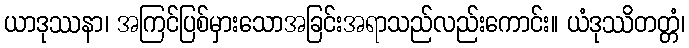
ယာဒုဿနာ၊ အကြင်ပြစ်မှားသောအခြင်းအရာသည်လည်းကောင်း။ ယံဒုဿိတတ္တံ၊